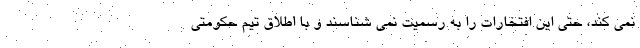
نمی کند، حتی این افتخارات را به رسمیت نمی شناسند و با اطلاق تیم حکومتی